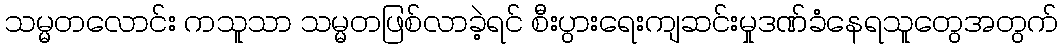
သမ္မတလောင်း ကသူသာ သမ္မတဖြစ်လာခဲ့ရင် စီးပွားရေးကျဆင်းမှုဒဏ်ခံနေရသူတွေအတွက်